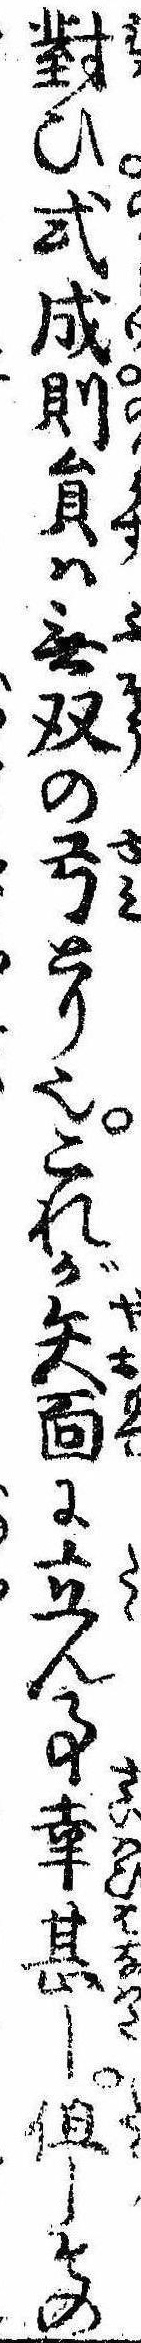
対ひ式成則員は無双の弓とり也これが矢面に立ん事幸甚し但しその